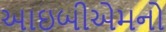
આઇબીએમનો